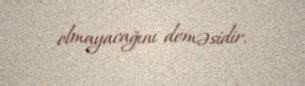
olmayacağını deməsidir.